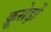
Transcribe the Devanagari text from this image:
क्रूसेड़ों